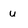
Character: u